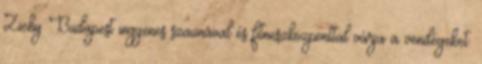
Zichy Budapest ingyenes szaunával és fitneszközponttal várja a vendégeket.